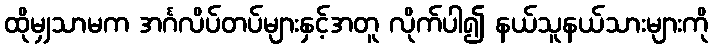
ထိုမျှသာမက အင်္ဂလိပ်တပ်များနှင့်အတူ လိုက်ပါ၍ နယ်သူနယ်သားများကို